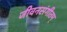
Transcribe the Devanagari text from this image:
जीवनसंगीतम्